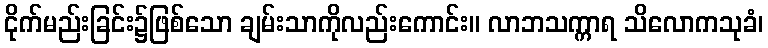
ငိုက်မည်းခြင်း၌ဖြစ်သော ချမ်းသာကိုလည်းကောင်း။ လာဘသက္ကာရ သိလောကသုခံ၊